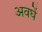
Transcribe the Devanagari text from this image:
अवघें